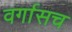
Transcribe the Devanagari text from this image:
वर्गासच